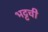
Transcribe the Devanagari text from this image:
भट्टची